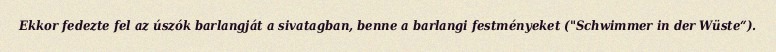
Ekkor fedezte fel az úszók barlangját a sivatagban, benne a barlangi festményeket ("Schwimmer in der Wüste“).